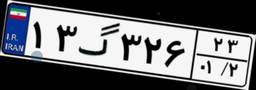
۱۳گ۳۲۶۲۳